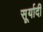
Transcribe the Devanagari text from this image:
सूर्यादी